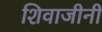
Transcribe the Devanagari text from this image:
शिवाजीनी